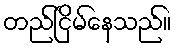
တည်ငြိမ်နေသည်။